Vaccination in Bombay 1874-1876 - 1874-1876
Year: 1874
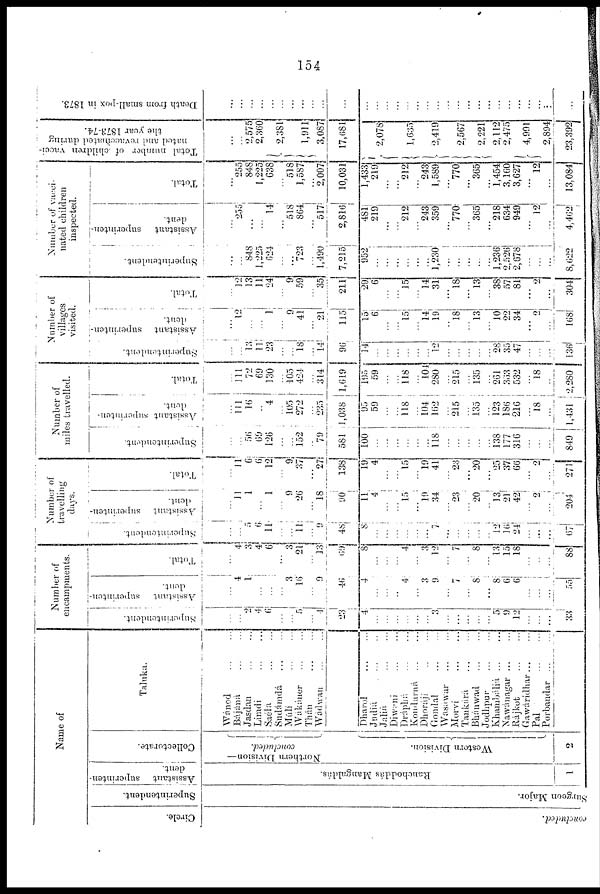
154
Name of
Circle.
concluded.
Superintendent.
Surgeon Major.
Assistant superinten-
dent .
Ranchoddás Mangaldás.
1
Collectorate.
Northern Division—
concluded.
Western Division.
2
Taluka.
Wánod
...
...
Bájáná
...
...
Jasdan ... ...
Limdi
...
...
Saéla
...
...
Sudámdá ... ...
Múlí
...
...
Wákáner
...
...
Thán
...
...
Wádwan ... ...
Dharol
...
...
Jndiá ... ...
Jaliá
...
...
Diwani ... ...
Dráphá
...
...
Kondurná ... ...
Dhorájí ... ...
Gondal ... ...
Wasawar ... ...
Morví
...
...
Tankárá ... ...
Bhánwad ... ...
Jodhpur ... ...
Khambáliá
...
...
Nawánagar ... ...
Rájkot ... ...
Gawáridhar... ...
Pal ... ... ...
Porbandar ... ...
Number of
encampments.
Superintendent.
...
...
2
4
6
...
...
5
...
...
23
4
...
...
...
...
...
...
3
...
...
...
...
...
5
9
12
...
...
...
33
Assistant superinten-
dent.
...
4
1
...
...
...
3
16
...
9
46
4
...
...
...
4
...
3
9
...
7
...
8
...
8
6
6
...
...
...
55
Total.
...
4
3
4
6
...
3
21
...
13
69
8
...
...
...
4
...
3
12
...
7
...
8
...
13
15
18
...
...
...
88
Number of
travelling
days.
Superintendent.
...
...
5
6
11
...
...
11
...
9
48
8
...
...
...
...
...
...
7
...
...
...
...
...
12
16
24
...
...
...
67
Assistant superinten-
dent.
...
11
1
...
1
...
9
26
...
18
90
11
4
...
...
15
...
19
34
...
23
...
20
...
13
21
42
...
2
...
204
Total.
...
11
6
6
12
...
9
37
...
27
138
19
4
...
...
15
...
19
41
...
23
...
20
...
25
37
66
...
2
...
271
Number of
miles travelled.
Superintendent.
...
...
56
69
126
...
...
152
...
79
581
100
...
...
...
...
...
...
118
...
...
...
...
...
138
177
316
...
...
...
849
Assistant superinten¬
dent.
...
111
16
...
4
...
105
272
...
235
1,038
95
59
...
...
118
...
104
162
...
215
...
135
...
123
186
216
...
18
...
1,431
Total.
...
111
72
69
130
...
105
424
...
314
1,619
195
59
...
...
118
...
104
280
...
215
...
135
...
261
363
532
...
18
...
2,280
Number of
villages
visited.
Superintendent.
...
...
13
11
23
...
...
18
...
l4
96
14
...
...
...
...
...
...
12
...
...
...
...
...
28
35
47
...
...
...
136
Assistant superinten¬
dent.
...
12
...
...
1
...
9
41
...
21
115
15
6
...
...
15
...
14
19
...
18
...
13
...
10
22
34
...
2
...
168
Total.
...
12
13
11
24
...
9
59
...
35
211
29
6
...
...
15
...
14
31
...
18
...
13
...
38
57
81
...
2
...
304
Number of vacci-
nated children
inspected.
Superintendent.
...
...
848
1,225
624
...
...
723
...
1,490
7,215
952
...
...
...
...
...
...
1,230
...
...
...
...
...
1,236
2,526
2,678
...
...
...
8,622
Assistant superinten¬
dent.
...
255
...
...
14
...
518
864
...
517
2,816
481
219
...
...
212
...
243
359
...
770
...
365
...
218
634
949
...
12
...
4,462
Total.
...
255
848
1,225
638
...
518
1,587
...
2,007
10,031
1,433
219
...
...
212
...
243
1,589
...
770
...
365
...
1,454
3,160
3,627
...
12
...
13,084
Total number of children vacci-
nated and revaccinated during
the year 1873-74.
...
...
2,575
2,360
2,381
1,911
3,087
17,681
2,078
1,635
2,419
2,567
2,221
2,112
2,475
4,991
2,894
23,392
Death from small-pox in 1873.
...
...
...
...
...
...
...
...
...
...
...
...
...
...
...
...
...
...
...
...
...
...
...
...
...
...
...
...
...
...
...